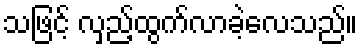
သဖြင့် လှည့်ထွက်လာခဲ့လေသည်။